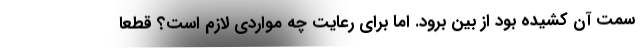
سمت آن کشیده بود از بین برود. اما برای رعایت چه مواردی لازم است؟ قطعا